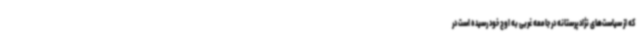
که از سیاست‌های نژادپرستانه در جامعه غربی به اوج خود رسیده است در